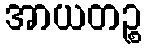
အာယတဉ္စ